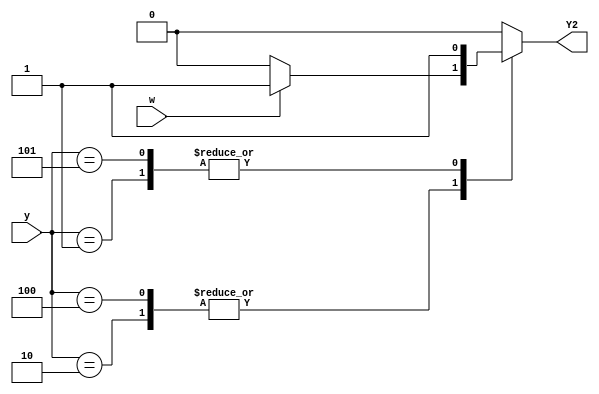
module top_module (
    input [3:1] y,
    input w,
    output reg Y2);
    parameter a=3'b000;
    parameter b=3'b001;
    parameter c=3'b010;
    parameter d=3'b011;
    parameter e=3'b100;
    parameter f=3'b101;
    always @(*) begin
        case(y)
        b:Y2<=1;
        c:begin
            if (w) begin
                Y2<=1;
            end
            else begin
                Y2<=0;
            end
        end
        e:begin
            if (w) begin
                Y2<=1;
            end
            else begin
                Y2<=0;
            end
        end
        f:Y2<=1;
        default:Y2<=0;
        endcase
    end
endmodule